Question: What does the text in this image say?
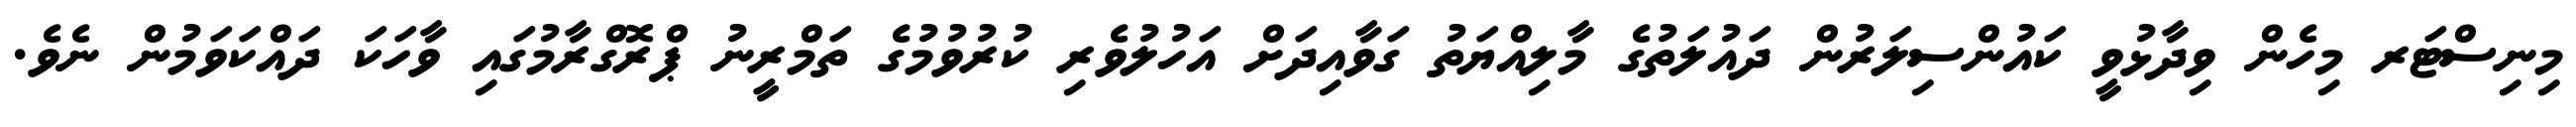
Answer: މިނިސްޓަރ މިހެން ވިދާޅުވީ ކައުންސިލަރުން ދައުލަތުގެ މާލިއްޔަތު ގަވާއިދަށް އަހުލުވެރި ކުރުވުމުގެ ތަމްރީނު ޕްރޮގްރާމުގައި ވާހަކަ ދައްކަވަމުން ނެވެ.